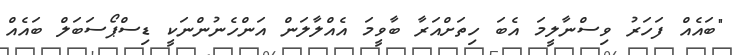
"ބައެއް ފަހަރު ވިސްނާލީމަ އެބަ ހިތަށްއަރާ ބާވީމަ އެއްލާލަން އަންހެނުންނަކީ ޑިސްޕޯސަބަލް ބައެއް